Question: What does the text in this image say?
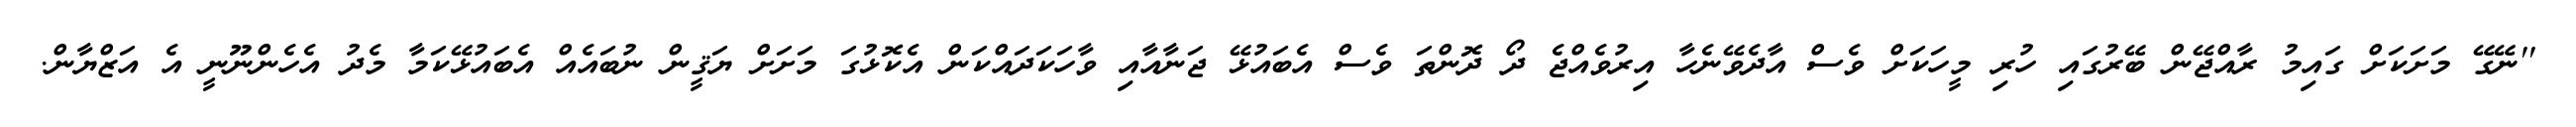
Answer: ''ނޭގޭ މަށަކަށް ގައިމު ރާއްޖޭން ބޭރުގައި ހުރި މީހަކަށް ވެސް އާދެވޭނެހާ އިރުވެއްޖެ ދޯ ދޮންތަ ވެސް އެބައުޅޭ ޖަނާއާއި ވާހަކަދައްކަން އެކޮޅުގަ މަށަށް ޔަޤީން ނުބައެއް އެބައުޅޭކަމާ މެދު އެހެންނޫނީ އެ އަޒްޔާން.